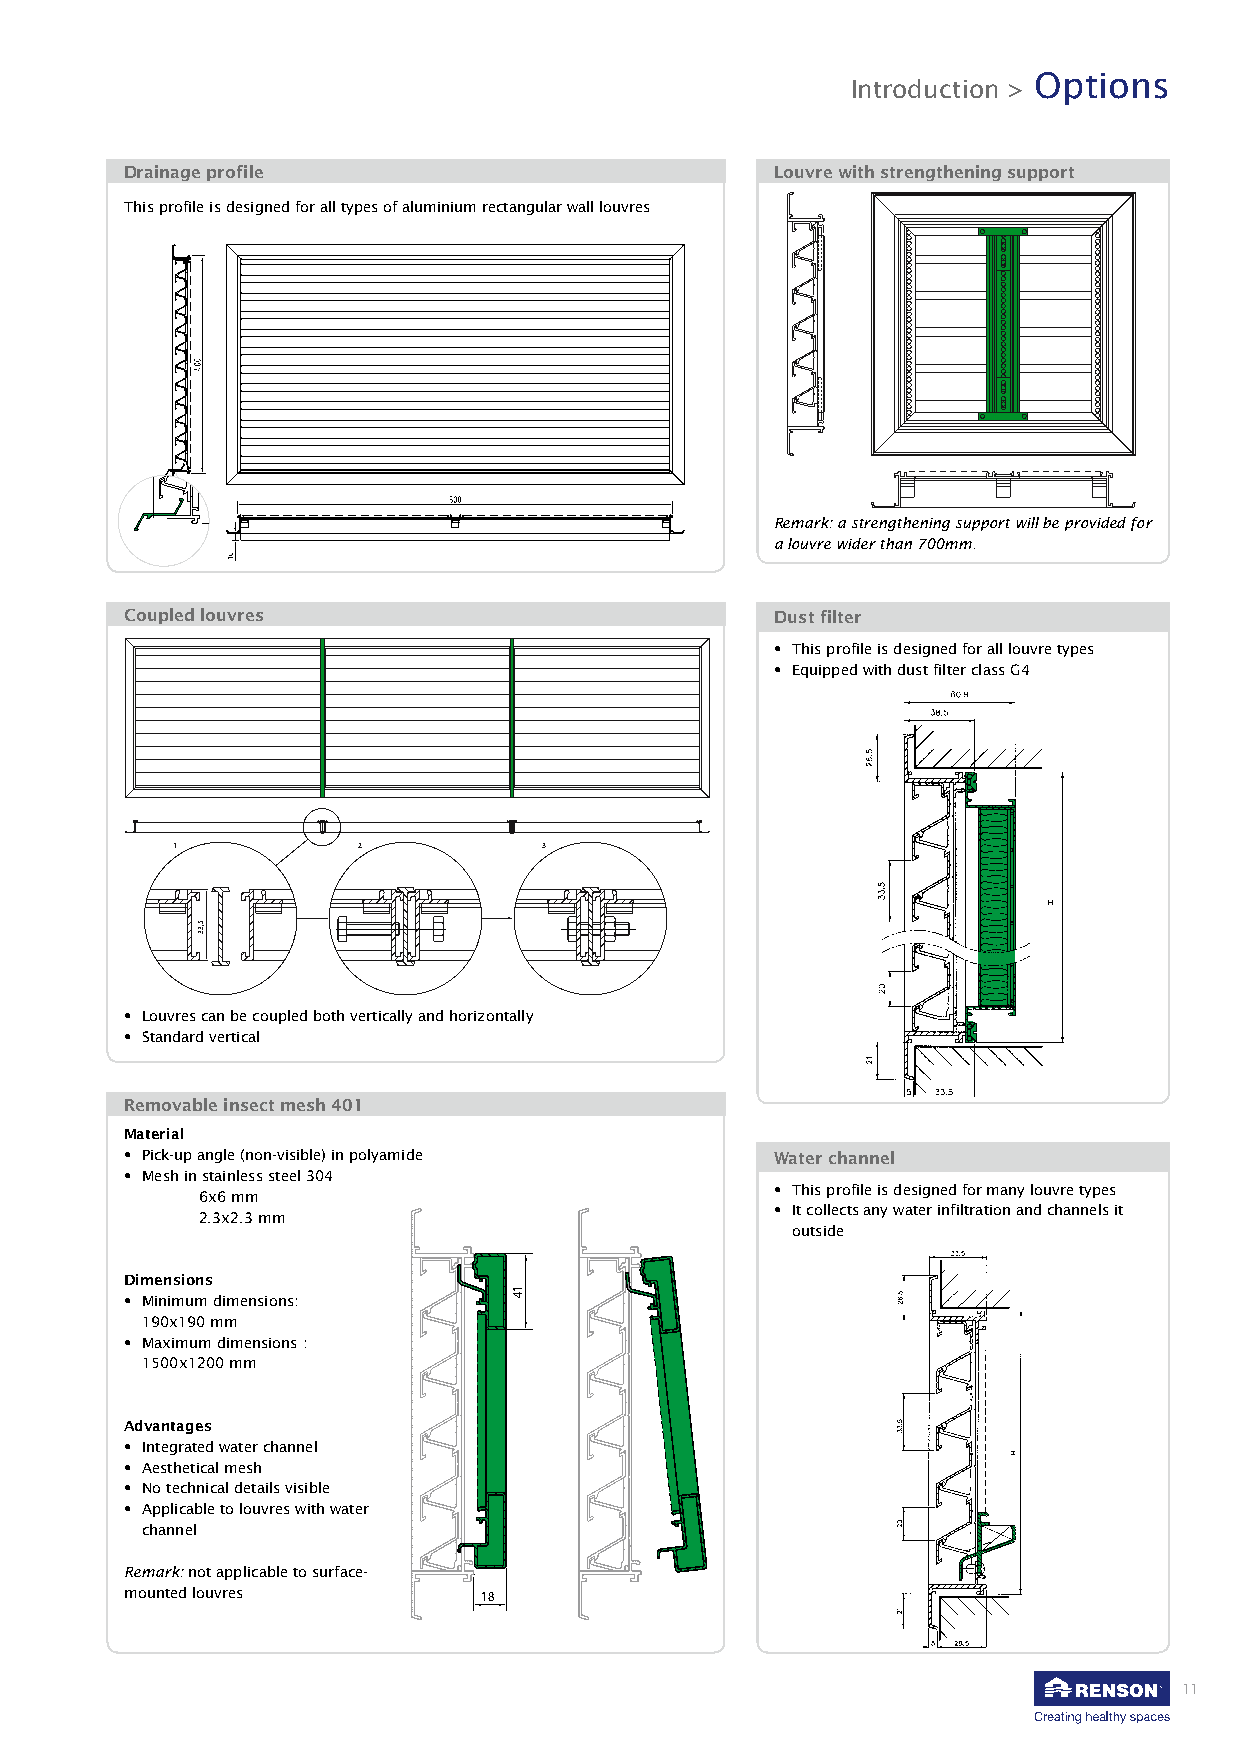
Options
 Introduction >
 Drainage profile                           Louvre with strengthening support
 This profile is designed for all types of aluminium rectangular wall louvres
 Remark: a strengthening support will be provided for
 a louvre wider than 700mm.
 Coupled louvres                            Dust filter
 • This profile is designed for all louvre types
 • Equipped with dust filter class G4
 1            2           3
 • Louvres can be coupled both vertically and horizontally
 • Standard vertical
 Removable insect mesh 401
 Material
 • Pick-up angle (non-visible) in polyamide Water channel
 • Mesh in stainless steel 304
 • This profile is designed for many louvre types
 6x6 mm
 • It collects any water infiltration and channels it
 2.3x2.3 mm
 outside
 Dimensions
 • Minimum dimensions:
 190x190 mm
 • Maximum dimensions :
 1500x1200 mm
 Advantages
 • Integrated water channel
 • Aesthetical mesh
 • No technical details visible
 • Applicable to louvres with water
 channel
 Remark: not applicable to surface-
 mounted louvres         18
 11
 5,33
 14